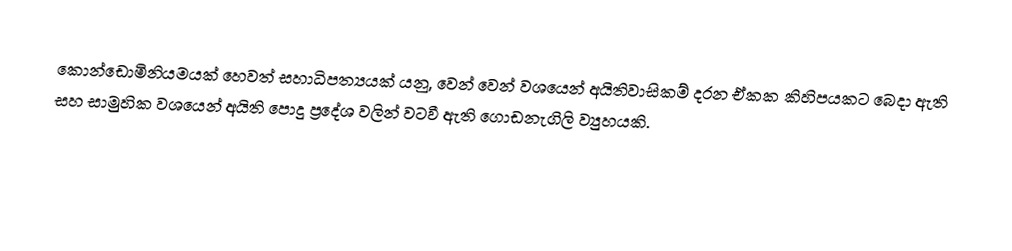
කොන්ඩොමිනියමයක් හෙවත් සහාධිපත්‍යයක් යනු, වෙන් වෙන් වශයෙන් අයිතිවාසිකම් දරන ඒකක කිහිපයකට බෙදා ඇති සහ සාමුහික වශයෙන් අයිති  පොදු ප්‍රදේශ වලින් වටවී ඇති  ගොඩනැගිලි ව්‍යුහයකි.